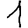
Digit: 1